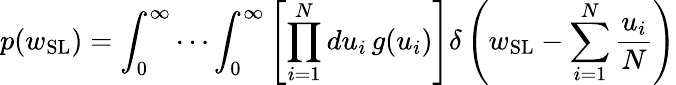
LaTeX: p(w_{\mathrm{SL}})=\int_{0}^{\infty}\cdots\int_{0}^{\infty}\left[\prod_{i=1}^{N}du_{i}\, g(u_{i})\right]\delta\left(w_{\mathrm{SL}}-\sum_{i=1}^{N}\frac{u_{i}}{N}\right)